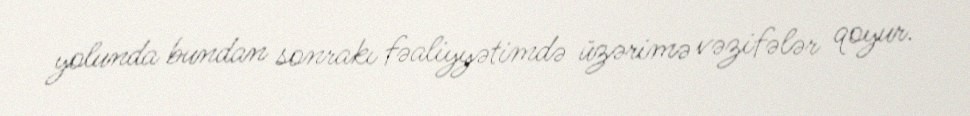
yolunda bundan sonrakı fəaliyyətimdə üzərimə vəzifələr qoyur.